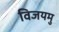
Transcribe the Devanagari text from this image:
विजयमु